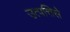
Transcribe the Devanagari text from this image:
उत्पत्तिसे